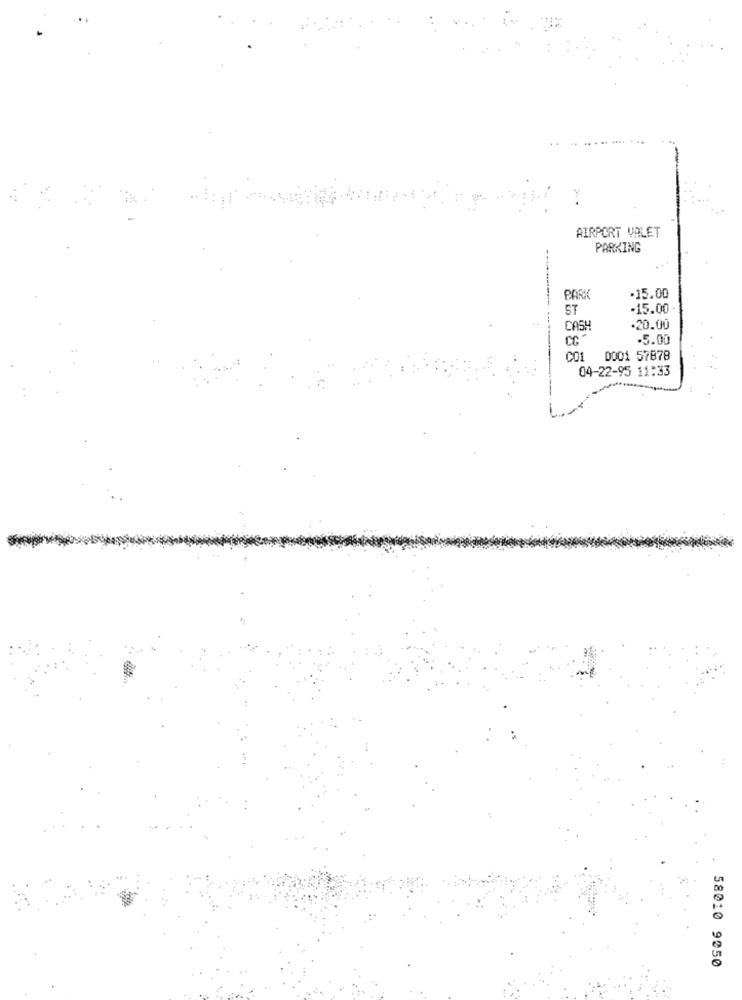
AIRPORT VALET
PARKING
PARK
-15.00
ST
-15.00
CASH
.20.00
.5.00
CO1 0001 57878
04-22-95 11:33
58010 9050